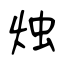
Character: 烛